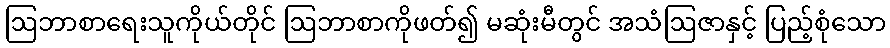
ဩဘာစာရေးသူကိုယ်တိုင် ဩဘာစာကိုဖတ်၍ မဆုံးမီတွင် အသံဩဇာနှင့် ပြည့်စုံသော